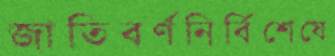
জাতিবর্ণনির্বিশেষে